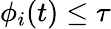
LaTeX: \phi_{i}(t)\leq\tau